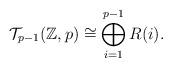
LaTeX: \begin{align*}\mathcal{T}_{p-1}(\mathbb{Z},p) \cong \bigoplus_{i=1}^{p-1}R(i).\end{align*}